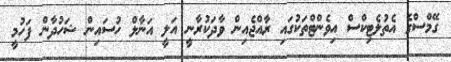
ގޭމްސްގެ އެތުލެޓިކްސް އިވެންޓްތަކުގައި ރާއްޖެއިން ވާދަކުރާނީ އަލީ އަނާލް ހުސައިން ޝަހުދާން ފަހުމީ